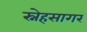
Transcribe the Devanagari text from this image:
स्नेहसागर